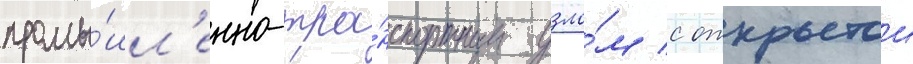
промы́шл'енно-тра́нспортным узло́м с открытои